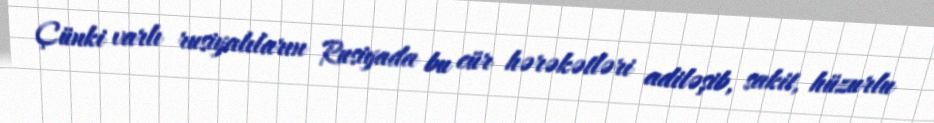
Çünki varlı rusiyalıların Rusiyada bu cür hərəkətləri adiləşib, sakit, hüzurlu